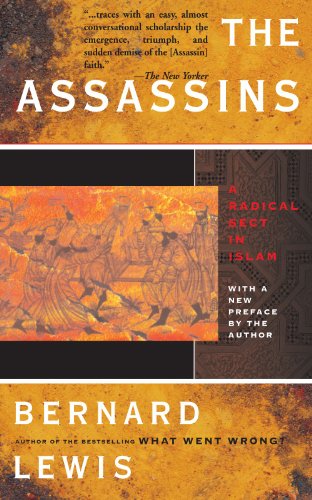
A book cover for The Assassins; Bernard Lewis; History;